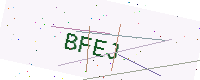
Text: BFEJ